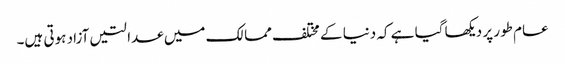
عام طور پر دیکھا گیا ہے کہ دنیا کے مختلف ممالک میں عدالتیں آزاد ہوتی ہیں۔